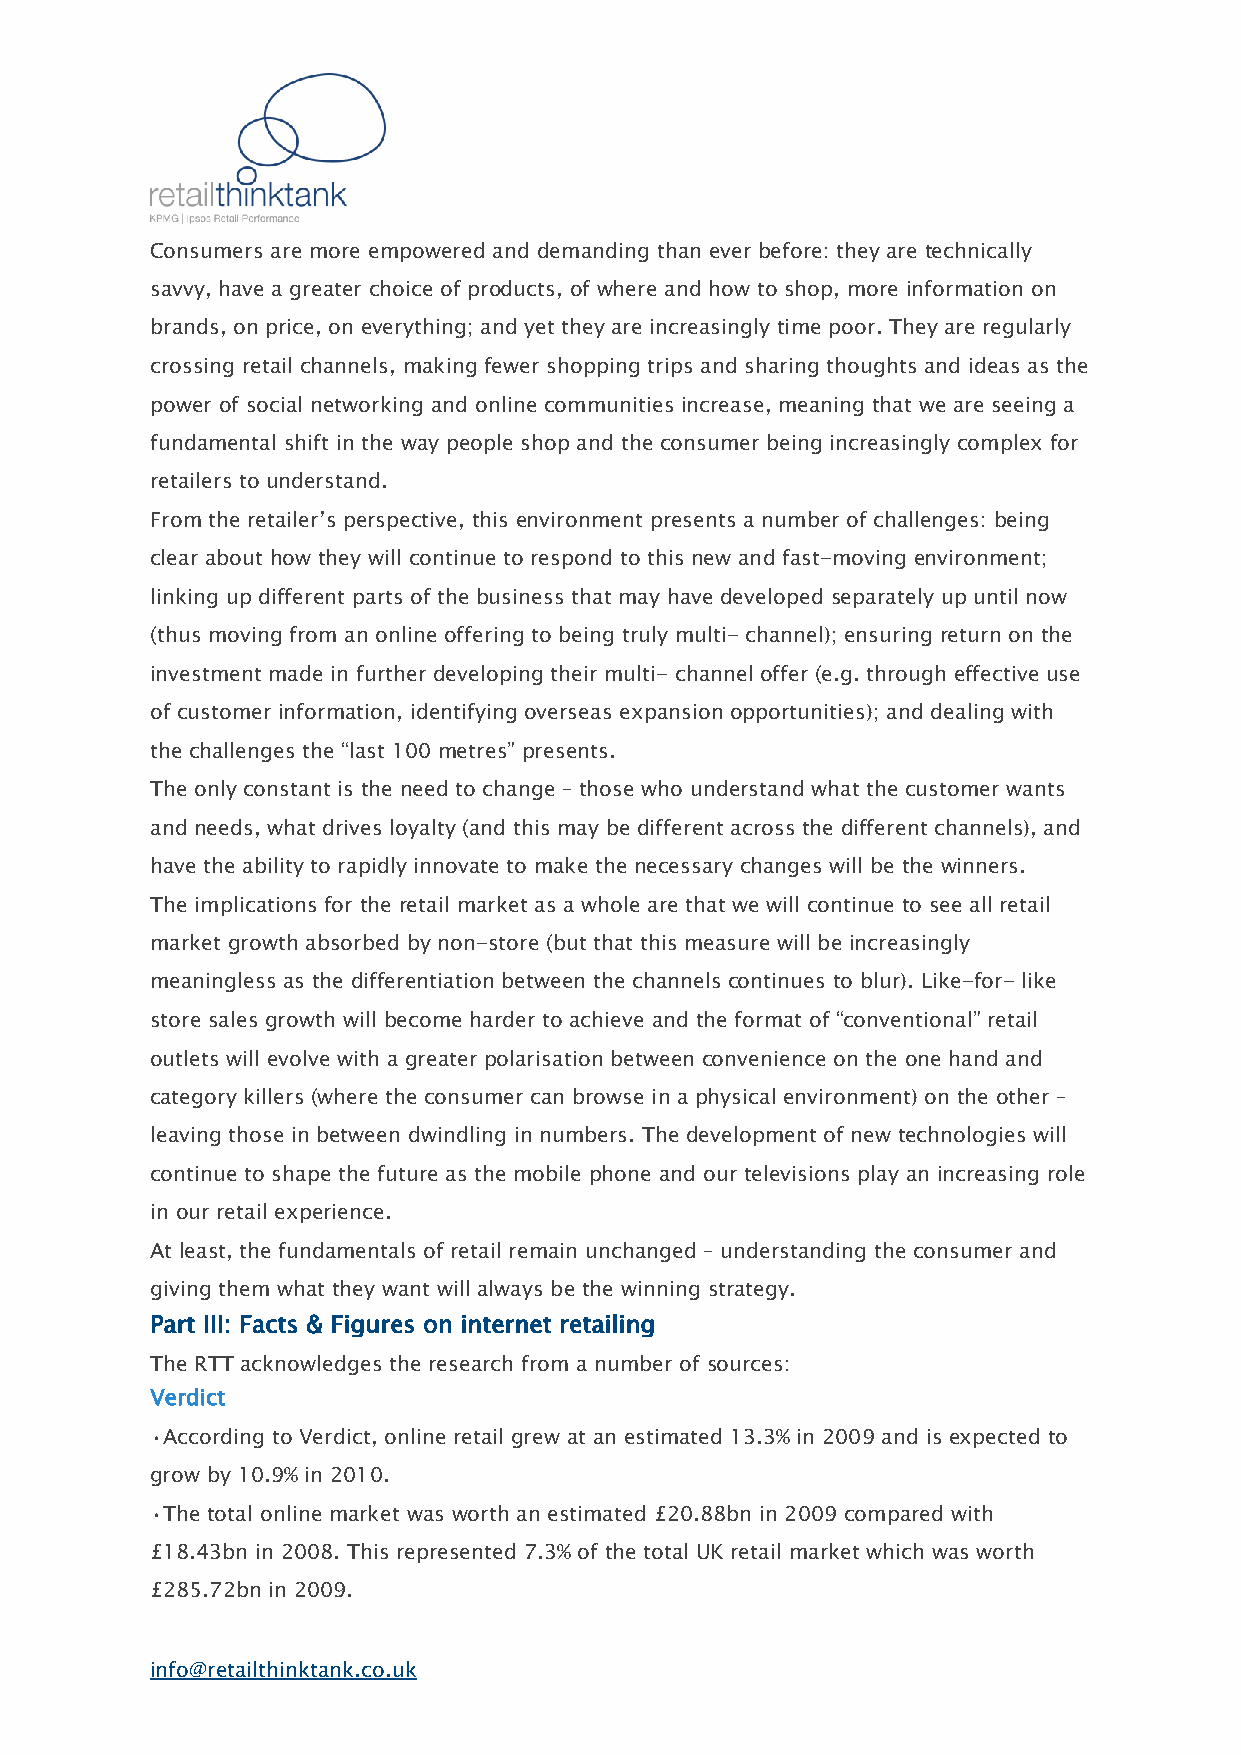
Consumers are more empowered and demanding than ever before: they are technically
 savvy, have a greater choice of products, of where and how to shop, more information on
 brands, on price, on everything; and yet they are increasingly time poor. They are regularly
 crossing retail channels, making fewer shopping trips and sharing thoughts and ideas as the
 power of social networking and online communities increase, meaning that we are seeing a
 fundamental shift in the way people shop and the consumer being increasingly complex for
 retailers to understand.
 From the retailer’s perspective, this environment presents a number of challenges: being
 clear about how they will continue to respond to this new and fast-moving environment;
 linking up different parts of the business that may have developed separately up until now
 (thus moving from an online offering to being truly multi- channel); ensuring return on the
 investment made in further developing their multi- channel offer (e.g. through effective use
 of customer information, identifying overseas expansion opportunities); and dealing with
 the challenges the “last 100 metres” presents.
 The only constant is the need to change – those who understand what the customer wants
 and needs, what drives loyalty (and this may be different across the different channels), and
 have the ability to rapidly innovate to make the necessary changes will be the winners.
 The implications for the retail market as a whole are that we will continue to see all retail
 market growth absorbed by non-store (but that this measure will be increasingly
 meaningless as the differentiation between the channels continues to blur). Like-for- like
 store sales growth will become harder to achieve and the format of “conventional” retail
 outlets will evolve with a greater polarisation between convenience on the one hand and
 category killers (where the consumer can browse in a physical environment) on the other –
 leaving those in between dwindling in numbers. The development of new technologies will
 continue to shape the future as the mobile phone and our televisions play an increasing role
 in our retail experience.
 At least, the fundamentals of retail remain unchanged – understanding the consumer and
 giving them what they want will always be the winning strategy.
 Part III: Facts & Figures on internet retailing
 The RTT acknowledges the research from a number of sources:
 Verdict
 •According to Verdict, online retail grew at an estimated 13.3% in 2009 and is expected to
 grow by 10.9% in 2010.
 •The total online market was worth an estimated £20.88bn in 2009 compared with
 £18.43bn in 2008. This represented 7.3% of the total UK retail market which was worth
 £285.72bn in 2009.
 info@retailthinktank.co.uk